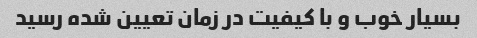
بسیار خوب و با کیفیت در زمان تعیین شده رسید